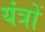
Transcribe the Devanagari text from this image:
यंंत्रों